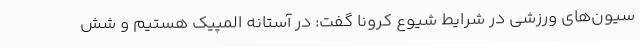
سیون‌های ورزشی در شرایط شیوع کرونا گفت: در آستانه المپیک هستیم و شش